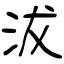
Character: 沷